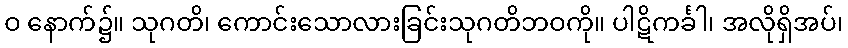
ဝ နောက်၌။ သုဂတိ၊ ကောင်းသောလားခြင်းသုဂတိဘဝကို။ ပါဋိကင်္ခါ၊ အလိုရှိအပ်၊